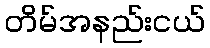
တိမ်အနည်းငယ်